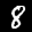
Label: 8